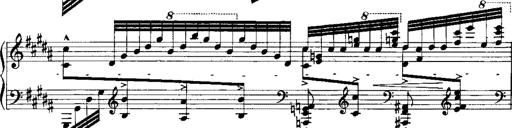
Title: RÃ©miniscences de Norma de Bellini
Composer: Franz Liszt